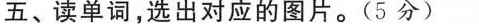
五、读单词,选出对应的图片.(5 分)